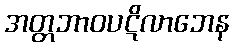
အတ္တဘာဝပဋိလာဘေန